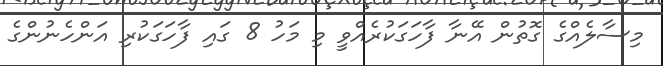
މިސާލެއްގެ ގޮތުން އޭނާ ފާހަގަކުރެއްވީ މި މަހު 8 ގައި ފާހަގަކުރި އަންހެނުންގެ